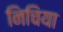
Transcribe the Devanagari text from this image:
निचिया